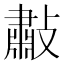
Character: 㪩